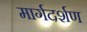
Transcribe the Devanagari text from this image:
मार्गदर्शण